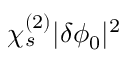
\chi _ { s } ^ { ( 2 ) } | \delta \phi _ { 0 } | ^ { 2 }